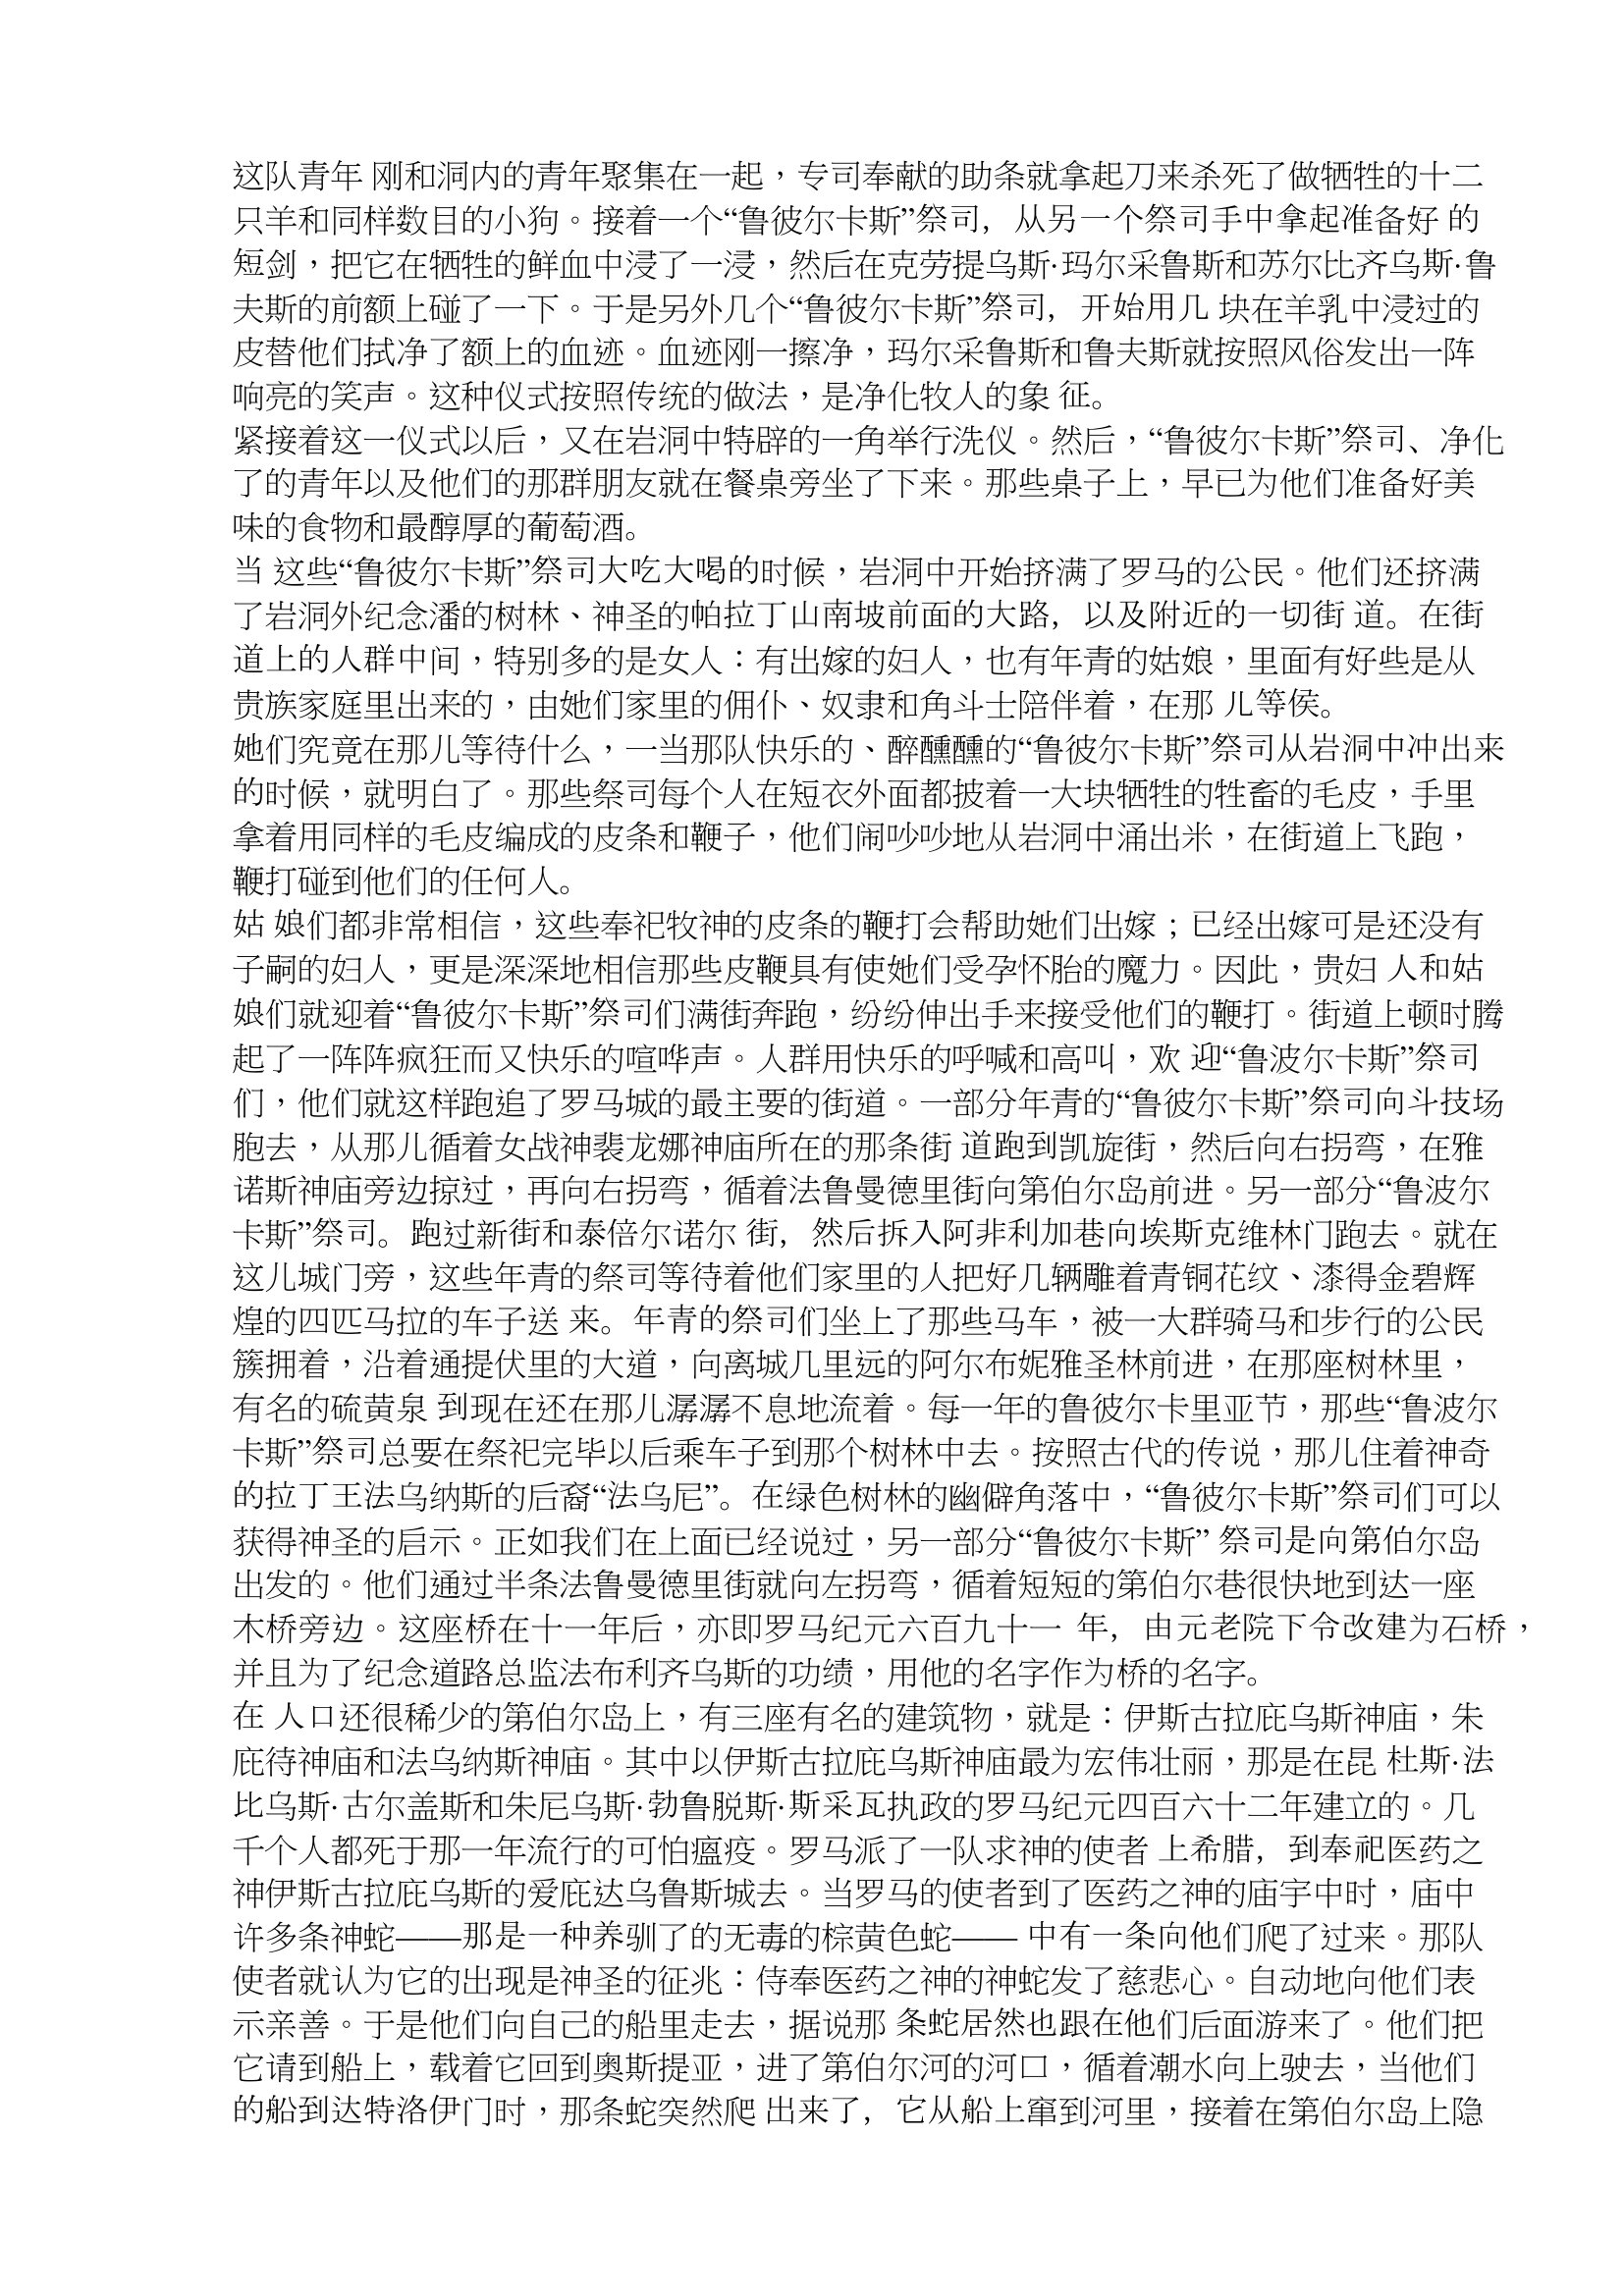
Language: zh